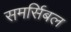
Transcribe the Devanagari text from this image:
समर्सिबल